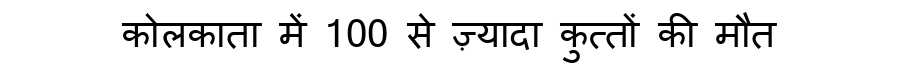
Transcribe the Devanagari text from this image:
कोलकाता में 100 से ज़्यादा कुत्तों की मौत